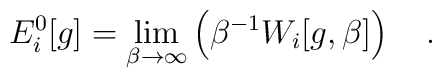
E^0_i[g]=\lim_{\beta\rightarrow\infty}\left(\beta^{-1}W_i[g,\beta]\right)~~~.